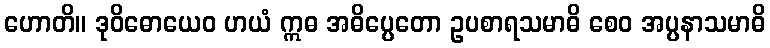
ဟောတိ။ ဒုဝိဓောယေဝ ဟယံ ဣဓ အဓိပ္ပေတော ဥပစာရသမာဓိ စေဝ အပ္ပနာသမာဓိ